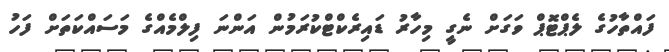
ފައްތާހުގެ ލެޕްޓޮޕް ވަގަށް ނެގީ މިހާރު ޑައިރެކްޓްކުރަމުން އަންނަ ފިލްމެއްގެ މަސައްކަތަށް ފަހު